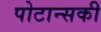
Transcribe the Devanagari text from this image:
पोटान्सकी